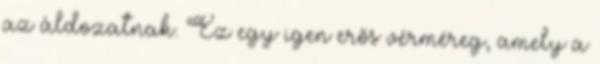
az áldozatnak. Ez egy igen erős vérméreg, amely a